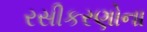
રસીકરણોના